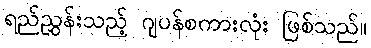
ရည်ညွှန်းသည့် ဂျပန်စကားလုံး ဖြစ်သည်။